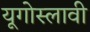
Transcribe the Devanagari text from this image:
यूगोस्लावी